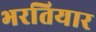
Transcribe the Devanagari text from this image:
भरतियार